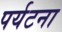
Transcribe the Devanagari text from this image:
पर्यटना